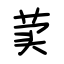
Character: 荬